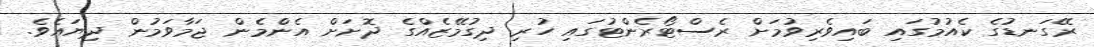
ރޭގަނޑުގެ ކެއުމުގައި ބައިވެރިވުމަށް ރެސްޓޯރެންޓުގައި ހުރި ދިގުމޭޒެއްގެ ދޮށަށް އެންމެން ޖަމާވަމުން ދިޔައެވެ.